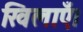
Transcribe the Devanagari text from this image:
खिलाएँ।